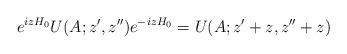
LaTeX: \begin{align*}e^{izH_0}U(A;z',z'')e^{-izH_0}=U(A;z'+z,z''+z)\end{align*}